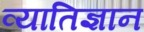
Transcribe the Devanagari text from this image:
व्यातिज्ञान